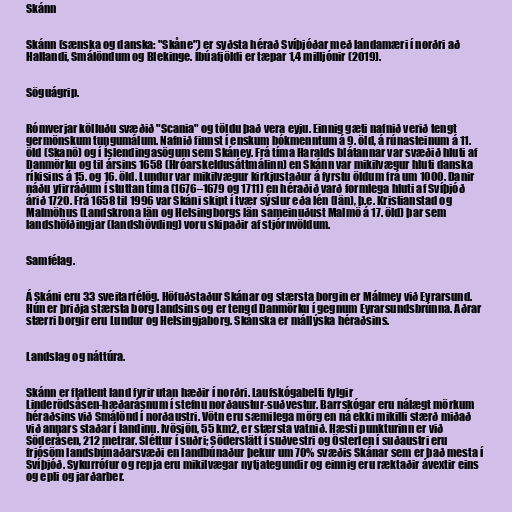
Skánn

Skánn (sænska og danska: "Skåne") er syðsta hérað Svíþjóðar með landamæri í norðri að
Hallandi, Smálöndum og Blekinge. Íbúafjöldi er tæpar 1,4 milljónir (2019).

Söguágrip.

Rómverjar kölluðu svæðið "Scania" og töldu það vera eyju. Einnig gæti nafnið verið tengt
germönskum tungumálum. Nafnið finnst í enskum bókmenntum á 9. öld, á rúnasteinum á 11.
öld (Skanö) og í Íslendingasögum sem Skáney. Frá tíma Haralds blátannar var svæðið hluti af
Danmörku og til ársins 1658 (Hróarskeldusáttmálinn) en Skánn var mikilvægur hluti danska
ríkisins á 15. og 16. öld. Lundur var mikilvægur kirkjustaður á fyrstu öldum frá um 1000. Danir
náðu yfirráðum í stuttan tíma (1676–1679 og 1711) en héraðið varð formlega hluti af Svíþjóð
árið 1720. Frá 1658 til 1996 var Skáni skipt í tvær sýslur eða lén (län), þ.e. Kristianstad og
Malmöhus (Landskrona län og Helsingborgs län sameinuðust Malmö á 17. öld) þar sem
landshöfðingjar (landshövding) voru skipaðir af stjórnvöldum.

Samfélag.

Á Skáni eru 33 sveitarfélög. Höfuðstaður Skánar og stærsta borgin er Málmey við Eyrarsund.
Hún er þriðja stærsta borg landsins og er tengd Danmörku í gegnum Eyrarsundsbrúnna. Aðrar
stærri borgir eru Lundur og Helsingjaborg. Skánska er mállýska héraðsins.

Landslag og náttúra.

Skánn er flatlent land fyrir utan hæðir í norðri. Laufskógabelti fylgir
Linderödsåsen-hæðarásnum í stefnu norðaustur-suðvestur. Barrskógar eru nálægt mörkum
héraðsins við Smálönd í norðaustri. Vötn eru sæmilega mörg en ná ekki mikilli stærð miðað
við annars staðar í landinu. Ivösjön, 55 km2, er stærsta vatnið. Hæsti punkturinn er við
Söderåsen, 212 metrar. Sléttur í suðri; Söderslätt í suðvestri og Österlen í suðaustri eru
frjósöm landsbúnaðarsvæði en landbúnaður þekur um 70% svæðis Skánar sem er það mesta í
Svíþjóð. Sykurrófur og repja eru mikilvægar nytjategundir og einnig eru ræktaðir ávextir eins
og epli og jarðarber.